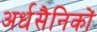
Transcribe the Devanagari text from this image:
अर्धसैनिकों